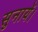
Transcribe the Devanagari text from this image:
सुनायें।